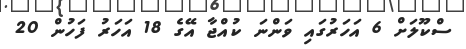
ސްކޫލަށް 6 އަހަރުގައި ވަންނަ ކުއްޖާ އޭގެ 18 އަހަރު ފަހުން 20